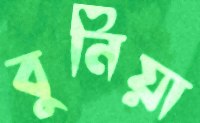
বুনিয়া